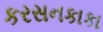
કરસનકાકા